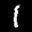
Label: 1